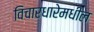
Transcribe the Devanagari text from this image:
विचारधारेमधील